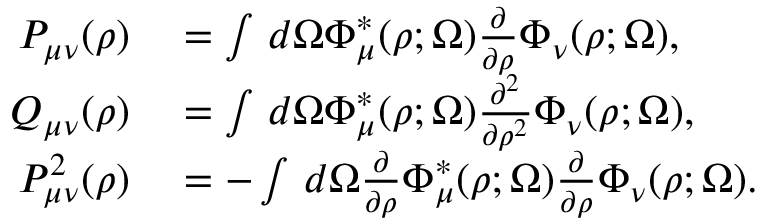
\begin{array} { r l } { P _ { \mu \nu } ( \rho ) } & { { } = \int \, d \Omega \Phi _ { \mu } ^ { * } ( \rho ; \Omega ) \frac { \partial } { \partial \rho } \Phi _ { \nu } ( \rho ; \Omega ) , } \\ { Q _ { \mu \nu } ( \rho ) } & { { } = \int \, d \Omega \Phi _ { \mu } ^ { * } ( \rho ; \Omega ) \frac { \partial ^ { 2 } } { \partial \rho ^ { 2 } } \Phi _ { \nu } ( \rho ; \Omega ) , } \\ { P _ { \mu \nu } ^ { 2 } ( \rho ) } & { { } = - \int \, d \Omega \frac { \partial } { \partial \rho } \Phi _ { \mu } ^ { * } ( \rho ; \Omega ) \frac { \partial } { \partial \rho } \Phi _ { \nu } ( \rho ; \Omega ) . } \end{array}